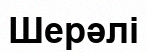
Шерәлі